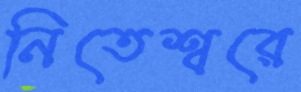
নিতেশ্বরে